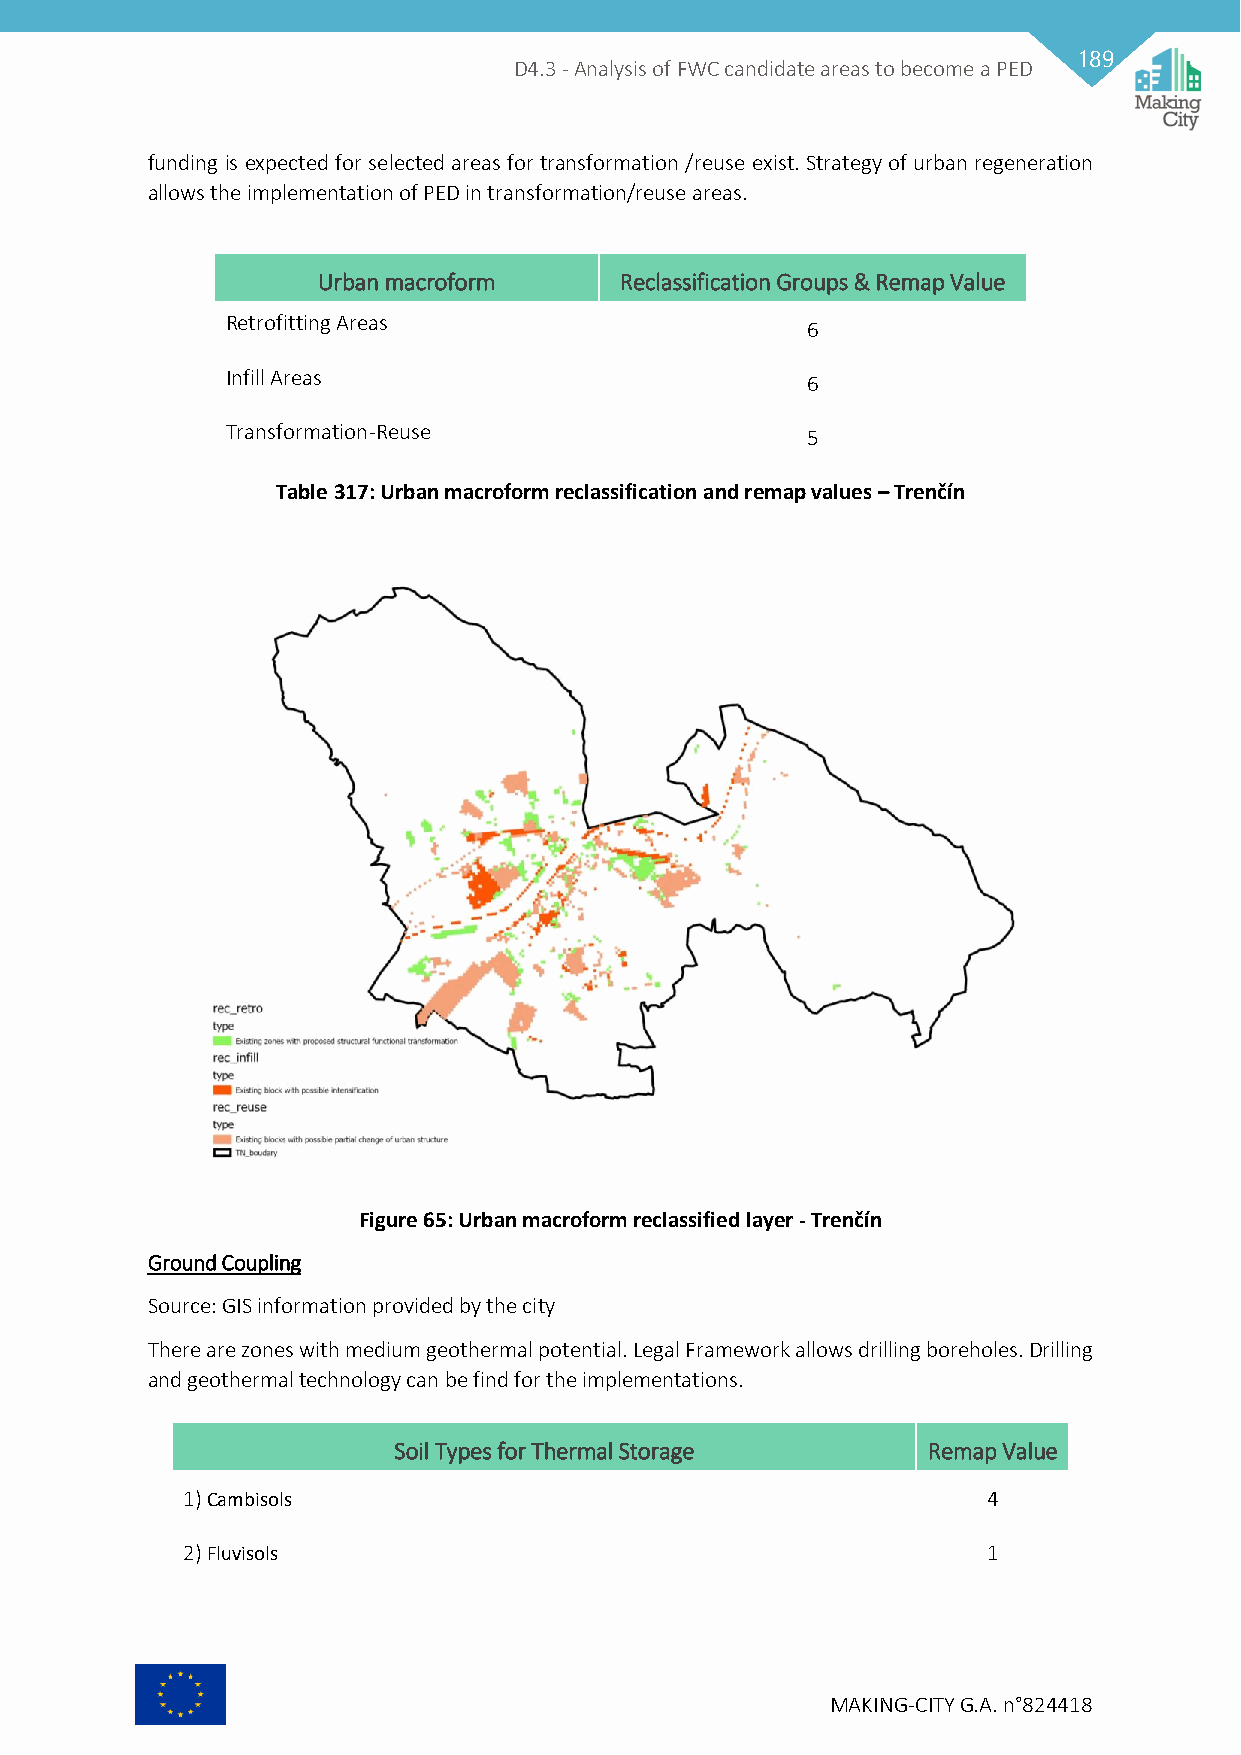
189
 D4.3 - Analysis of FWC candidate areas to become a PED
 funding is expected for selected areas for transformation /reuse exist. Strategy of urban regeneration
 allows the implementation of PED in transformation/reuse areas.
 Urban macroform     Reclassification Groups & Remap Value
 Retrofitting Areas                    6
 Infill Areas                          6
 Transformation-Reuse                  5
 Table 317: Urban macroform reclassification and remap values – Trenčín
 Figure 65: Urban macroform reclassified layer - Trenčín
 Ground Coupling
 Source: GIS information provided by the city
 There are zones with medium geothermal potential. Legal Framework allows drilling boreholes. Drilling
 and geothermal technology can be find for the implementations.
 Soil Types for Thermal Storage     Remap Value
 1) Cambisols                                         4
 2) Fluvisols                                         1
 MAKING-CITY G.A. n°824418